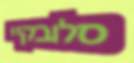
סלובקיי